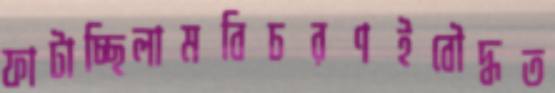
ফাটাচ্ছিলামবিচরণইবৌদ্ধত